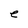
Character: e